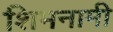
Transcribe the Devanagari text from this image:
शिमनामी